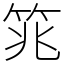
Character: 筄